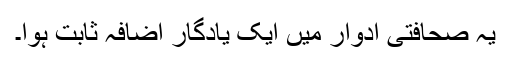
یہ صحافتی ادوار میں ایک یادگار اضافہ ثابت ہوا۔